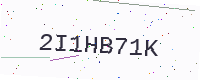
Text: 2I1HB71K